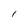
Character: l